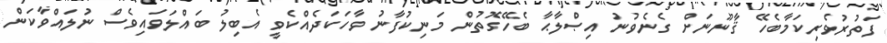
ފަތުރުވެރިކަމާބެހޭ ޤާނޫނަށް ގެނެވުނު އިޞްލާޙާ ބެހޭގޮތުން މަނިކުފާނު ވާހަކަދެއްކެވީ އެބިލު ބައްލަވައިވެސް ނުލައްވާކަން